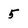
Character: 5